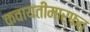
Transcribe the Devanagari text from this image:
कवायतींमार्फत